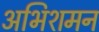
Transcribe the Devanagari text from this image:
अभिशमन